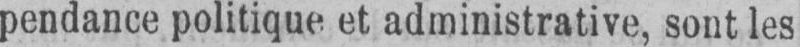
pendance politique et administrative, sont les